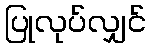
ပြုလုပ်လျှင်